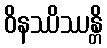
ဝိနဿိဿန္တိ